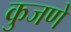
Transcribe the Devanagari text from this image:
कुजणे